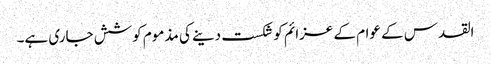
القدس کے عوام کے عزائم کو شکست دینے کی مذموم کوشش جاری ہے۔